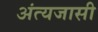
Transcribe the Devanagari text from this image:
अंत्यजासी